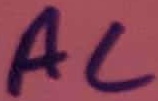
Text: AC